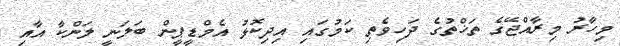
މިހާރު މިރާއްޖޭގެ ތަޚްތުގެ ދަހިވެތި ކަމުގައި އިދިކޮޅު އެމްޑީޕީން ބަލަނީ ލަންކާ އާއި